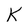
Character: K